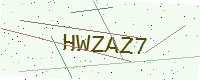
Text: HWZAZ7